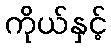
ကိုယ်နှင့်